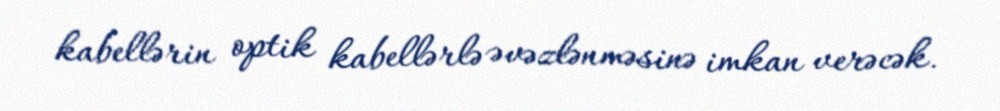
kabellərin optik kabellərlə əvəzlənməsinə imkan verəcək.